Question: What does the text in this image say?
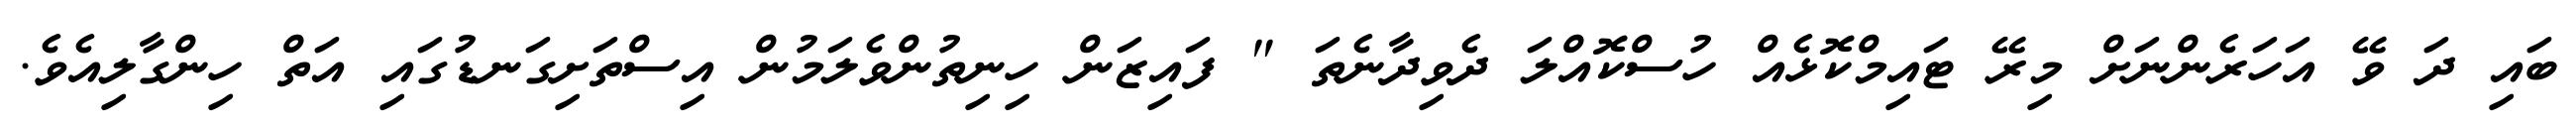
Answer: ބައި ދަ ވޭ އަހަރެންނަށް މިރޭ ޓައިމްކޮޅެއް ހުސްކޮއްލަ ދެވިދާނެތަ " ފައިޒަން ހިނިތުންވެލަމުން އިސްތަށިގަނޑުގައި އަތް ހިންގާލިއެވެ.